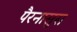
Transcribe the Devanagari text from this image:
पैरनासुस